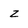
Character: z